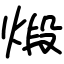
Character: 煅